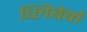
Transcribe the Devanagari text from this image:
प्लिबेर्क